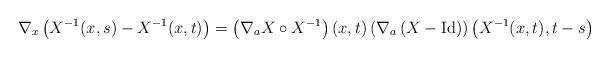
LaTeX: \begin{align*}\nabla_x \left ( X^{-1} (x,s) - X^{-1} (x,t) \right )= \left ( \nabla_a X \circ X^{-1} \right ) (x, t) \left ( \nabla_a \left (X - \mathrm{Id} \right ) \right ) \left ( X^{-1} (x,t), t-s \right )\end{align*}